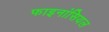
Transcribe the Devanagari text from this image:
फाइनांसियल